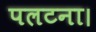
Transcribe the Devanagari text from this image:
पलटना।